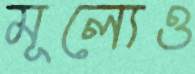
মূল্যেও